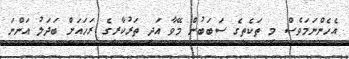
އެހެންނަމަވެސް މި ތަކެތީގެ ސަބަބުން މޭވާ އަދި ތަރުކާރީގެ ރަހައަށް ބަދަލު އަންނަ